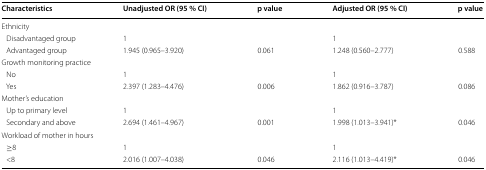
<table><thead><tr><td><b>Characteristics</b></td><td><b>Unadjusted OR (95 % CI)</b></td><td><b>p value</b></td><td><b>Adjusted OR (95 % CI)</b></td><td><b>p value</b></td></tr></thead><tbody><tr><td colspan="5">Ethnicity</td></tr><tr><td> Disadvantaged group</td><td>1</td><td></td><td>1</td><td></td></tr><tr><td> Advantaged group</td><td>1.945 (0.965–3.920)</td><td>0.061</td><td>1.248 (0.560–2.777)</td><td>0.588</td></tr><tr><td colspan="5">Growth monitoring practice</td></tr><tr><td> No</td><td>1</td><td></td><td>1</td><td></td></tr><tr><td> Yes</td><td>2.397 (1.283–4.476)</td><td>0.006</td><td>1.862 (0.916–3.787)</td><td>0.086</td></tr><tr><td colspan="5">Mother’s education</td></tr><tr><td> Up to primary level</td><td>1</td><td></td><td>1</td><td></td></tr><tr><td> Secondary and above</td><td>2.694 (1.461–4.967)</td><td>0.001</td><td>1.998 (1.013–3.941)*</td><td>0.046</td></tr><tr><td colspan="5">Workload of mother in hours</td></tr><tr><td> ≥8</td><td>1</td><td></td><td>1</td><td></td></tr><tr><td> &lt;8</td><td>2.016 (1.007–4.038)</td><td>0.046</td><td>2.116 (1.013–4.419)*</td><td>0.046</td></tr></tbody></table>